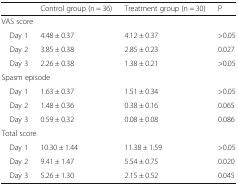
<table><thead><tr><td></td><td><b>Control group (n = 36)</b></td><td><b>Treatment group (n = 30)</b></td><td><b>P</b></td></tr></thead><tbody><tr><td colspan="4">VAS score</td></tr><tr><td> Day 1</td><td>4.48 ± 0.37</td><td>4.12 ± 0.37</td><td>&gt;0.05</td></tr><tr><td> Day 2</td><td>3.85 ± 0.38</td><td>2.85 ± 0.23</td><td>0.027</td></tr><tr><td> Day 3</td><td>2.26 ± 0.38</td><td>1.38 ± 0.21</td><td>&gt;0.05</td></tr><tr><td colspan="4">Spasm episode</td></tr><tr><td> Day 1</td><td>1.63 ± 0.37</td><td>1.51 ± 0.34</td><td>&gt;0.05</td></tr><tr><td> Day 2</td><td>1.48 ± 0.36</td><td>0.38 ± 0.16</td><td>0.065</td></tr><tr><td> Day 3</td><td>0.59 ± 0.32</td><td>0.08 ± 0.08</td><td>0.086</td></tr><tr><td colspan="4">Total score</td></tr><tr><td> Day 1</td><td>10.30 ± 1.44</td><td>11.38 ± 1.59</td><td>&gt;0.05</td></tr><tr><td> Day 2</td><td>9.41 ± 1.47</td><td>5.54 ± 0.75</td><td>0.020</td></tr><tr><td> Day 3</td><td>5.26 ± 1.30</td><td>2.15 ± 0.52</td><td>0.045</td></tr></tbody></table>